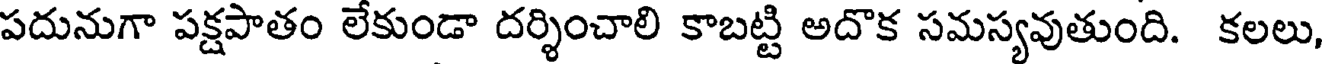
పదునుగా పక్షపాతం లేకుండా దర్శించాలి కాబట్టి అదొక సమస్యవుతుంది. కలలు,